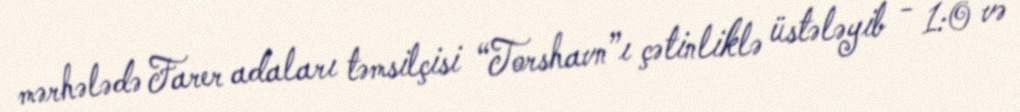
mərhələdə Farer adaları təmsilçisi “Torshavn”ı çətinliklə üstələyib - 1:0 və